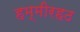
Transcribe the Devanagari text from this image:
हम्मीरहठ